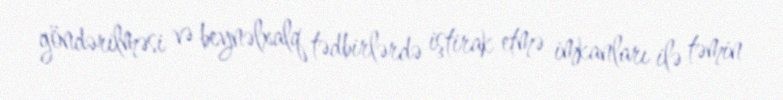
göndərilməsi və beynəlxalq tədbirlərdə iştirak etmə imkanları ilə təmin